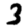
Digit: 3